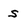
Character: s